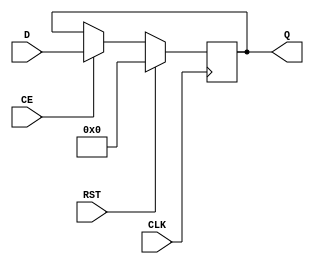
module OXIDE_DSP_REG #(
	parameter W = 18,
	parameter USED = "REGISTER",
	parameter RESETMODE = "SYNC"
) (
	input CLK, CE, RST,
	input [W-1:0] D,
	output reg [W-1:0] Q
);
	generate
		if (USED == "BYPASS")
			always @* Q = D;
		else if (USED == "REGISTER") begin
			initial Q = 0;
			if (RESETMODE == "ASYNC")
				always @(posedge CLK, posedge RST) begin
					if (RST)
						Q <= 0;
					else if (CE)
						Q <= D;
				end
			else if (RESETMODE == "SYNC")
				always @(posedge CLK) begin
					if (RST)
						Q <= 0;
					else if (CE)
						Q <= D;
				end
		end
	endgenerate
endmodule